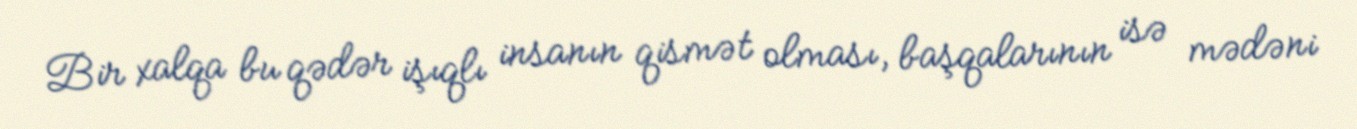
Bir xalqa bu qədər işıqlı insanın qismət olması, başqalarının isə mədəni